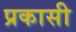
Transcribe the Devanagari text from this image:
प्रकासी